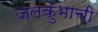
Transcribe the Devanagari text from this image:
जलकुंभाची